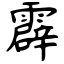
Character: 霹